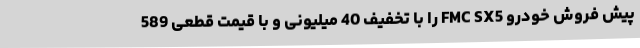
پیش فروش خودرو FMC SX5 را با تخفیف 40 میلیونی و با قیمت قطعی 589